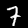
Label: 7